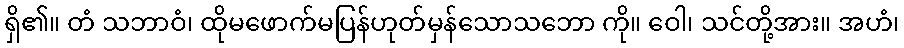
ရှိ၏။ တံ သဘာဝံ၊ ထိုမဖောက်မပြန်ဟုတ်မှန်သောသဘော ကို။ ဝေါ၊ သင်တို့အား။ အဟံ၊